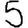
Digit: 5